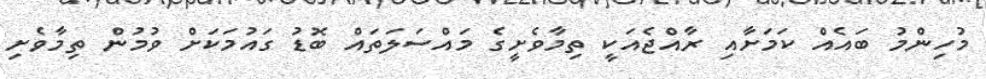
މުހިންމު ބައެއް ކަމަށާއި ރާއްޖެއަކީ ތިމާވެށީގެ މައްސަލަތައް ބޮޑު ގައުމަކަށް ވުމުން ތިމާވެށި